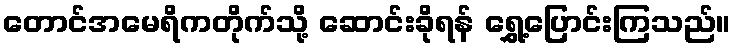
တောင်အမေရိကတိုက်သို့ ဆောင်းခိုရန် ရွှေ့ပြောင်းကြသည်။